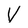
Character: V